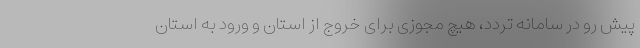
پیش رو در سامانه تردد، هیچ مجوزی برای خروج از استان و ورود به استان